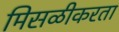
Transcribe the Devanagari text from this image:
मिसळीकरता